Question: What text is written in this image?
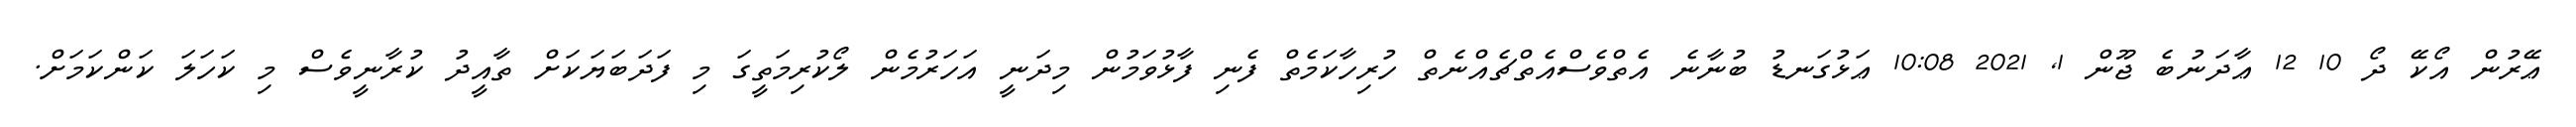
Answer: ޢޭރުން އޯކޭ ދޯ 10 12 ޢާދަނުބެ ޖޫން 1, 2021 10:08 ޢަޅުގަނޑު ބުނާނެ އެތްވެސްއެތްޗެއްނެތް ހުރިހާކަމެތް ފެނި ފާޅުވަމުން މިދަނީ އަހަރުމެން ލޯކުރިމަތީގަ މި ފަދަބަޔަކަށް ތާއީދު ކުރާނީވެސް މި ކަހަލަ ކަންކަމަށް.